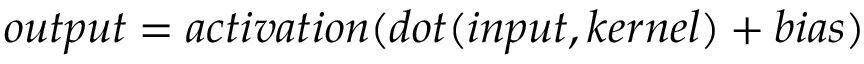
o u t p u t = a c t i v a t i o n ( d o t ( i n p u t , k e r n e l ) + b i a s )